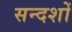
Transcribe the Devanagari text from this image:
सन्दशों